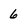
Character: 6